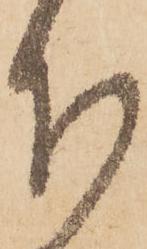
下